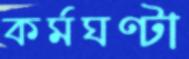
কর্মঘণ্টা